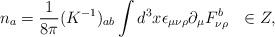
LaTeX: \begin{align*}n_a=\frac{1}{8\pi}(K^{-1})_{ab}\int d^3x \epsilon_{\mu\nu\rho}\partial_\mu F^b_{\nu\rho} \ \ \in Z,\end{align*}